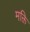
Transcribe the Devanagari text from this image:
मक्ति